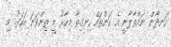
ހަނދާން ނައްތާލާނީ އެ ކަންތައް ހިނގިތާ މިހާރު މީ ތިންވަނަ އަހަރު. މި